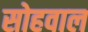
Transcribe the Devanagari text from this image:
सोहवाल